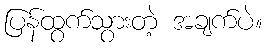
ပြန်ထွက်သွားတဲ့ အချက်ပဲ။